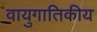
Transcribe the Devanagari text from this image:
वायुगातिकीय